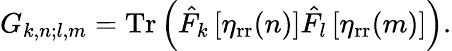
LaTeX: \begin{array}{r}{G_{k,n;l,m}=\mathrm{Tr}\left(\hat{F}_{k}\left[\eta_{\mathrm{rr}}(n)\right]\hat{F}_{l}\left[\eta_{\mathrm{rr}}(m)\right]\right).}\end{array}